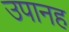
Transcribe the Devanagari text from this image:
उपानह